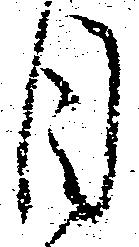
目